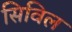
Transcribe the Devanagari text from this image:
सिविल